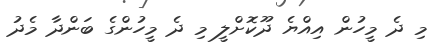
މި ދެ މީހުން އިއްޔެ ދޫކޮށްލީ މި ދެ މީހުންގެ ބަންދާ މެދު